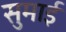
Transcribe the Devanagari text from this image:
सुमाई